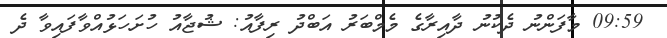
09:59 މާފަންނު ދެކުނު ދާއިރާގެ މެމްބަރު އަބްދު ރިފާއު: ޝުޖާއު ހުށަހަޅުއްވާފައިވާ ދެ